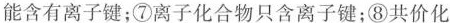
能含有离子键；⑦离子化合物只含离子键；⑧共价化